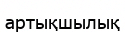
артықшылық